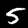
Digit: 5